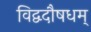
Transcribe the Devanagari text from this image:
विद्वदौषधम्